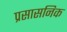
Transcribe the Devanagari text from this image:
प्रसासनिक